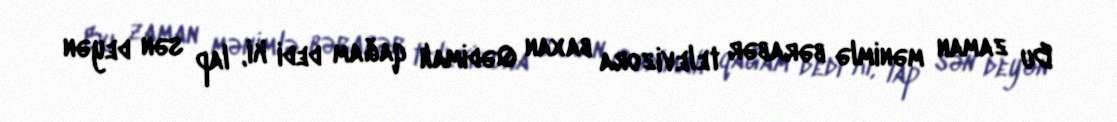
Bu zaman mənimlə bərabər televizora baxan Qədimalı qağam dedi ki, lap sən deyən